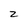
Character: z